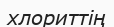
хлориттің